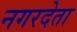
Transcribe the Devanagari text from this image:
नगरदेता